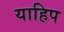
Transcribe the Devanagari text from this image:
याहिप